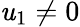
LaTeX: \mathit{u}_{1}\neq0